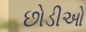
છોડીઓ